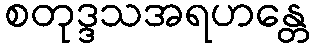
စတုဒ္ဒသအရဟန္တေ